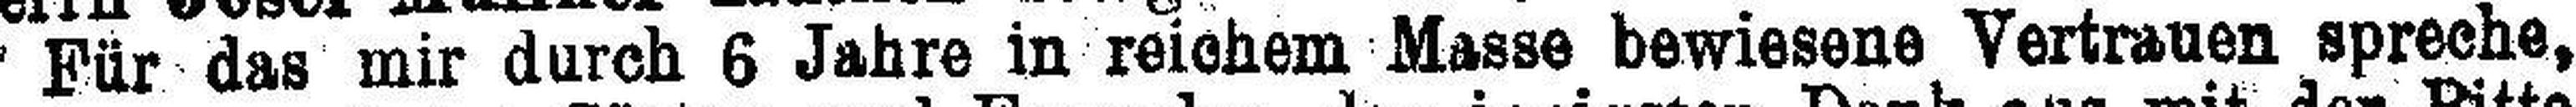
Für das mir durch 6 Jahre in reichem Masse bewiesene Vertrauen spreche,